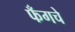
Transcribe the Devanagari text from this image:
फँगचे